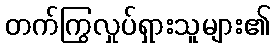
တက်ကြွလှုပ်ရှားသူများ၏